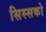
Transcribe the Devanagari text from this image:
सिस्सको